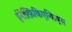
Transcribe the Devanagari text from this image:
ईनेफ़्फ़िकिएन्किएस